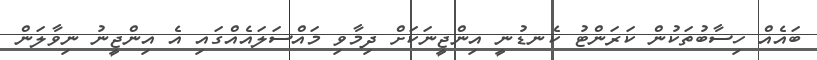
ބައެއް ހިސާބުތަކުން ކަރަންޓު ކެނޑުނީ އިންޖީނަކަށް ދިމާވި މައްސަލައެއްގައި އެ އިންޖީނު ނިވާލަން